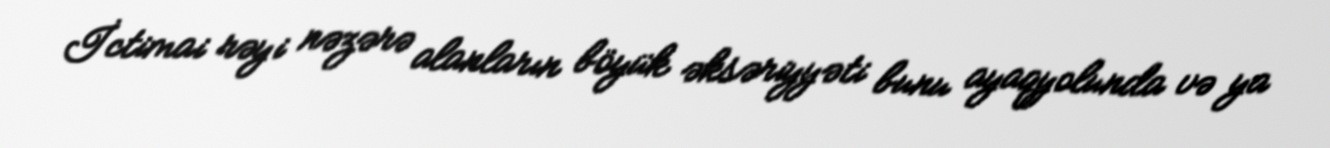
İctimai rəyi nəzərə alanların böyük əksəriyyəti bunu ayaqyolunda və ya